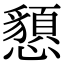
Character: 𢤧